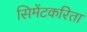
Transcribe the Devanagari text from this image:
सिमेंटकरिता